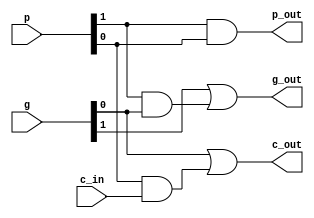
`timescale 1ns / 1ps
//////////////////////////////////////////////////////////////////////////////////
// Company: 
// Engineer: 
// 
// Design Name: 
// Module Name:    gp 
// Project Name: 
// Target Devices: 
// Tool versions: 
// Description: 
//
// Dependencies: 
//
// Revision: 
// Revision 0.01 - File Created
// Additional Comments: 
//
//////////////////////////////////////////////////////////////////////////////////
module gp (g,p,c_in,g_out,p_out,c_out); // carry generator, carry propagator
input [1:0] g, p; // lower level 2-set of g, p
input c_in; // lower level carry_in
output g_out,p_out,c_out; // higher level g, p, carry_out
assign g_out = g[1] | p[1] & g[0]; // higher level carry generator
assign p_out = p[1] & p[0]; // higher level carry propagator
assign c_out = g[0] | p[0] & c_in; // higher level carry_out
endmodule